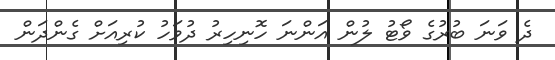
ދެ ވަނަ ބުރުގެ ވޯޓު ލުން އަންނަ ހޮނިހިރު ދުވަހު ކުރިއަށް ގެންދަން